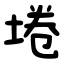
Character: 埢